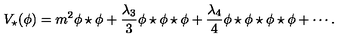
V _ { \star } ( \phi ) = m ^ { 2 } \phi \star \phi + { \frac { \lambda _ { 3 } } { 3 } } \phi \star \phi \star \phi + { \frac { \lambda _ { 4 } } { 4 } } \phi \star \phi \star \phi \star \phi + \cdots .